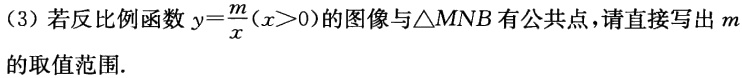
(3) 若反比例函数$y = \frac{m}{x}(x>0)$的图像与$\triangle MNB$有公共点，请直接写出$m$的取值范围.